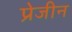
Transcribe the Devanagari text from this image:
प्रेजीन